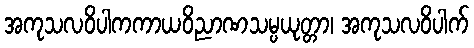
အကုသလဝိပါကကာယဝိညာဏသမ္ပယုတ္တာ၊ အကုသလဝိပါက်